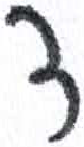
אות: ד